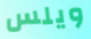
ويلس